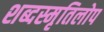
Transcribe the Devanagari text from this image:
शब्दस्मृतिलोप